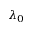
\lambda _ { 0 }